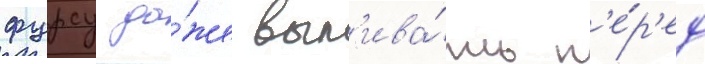
фурсу да́же вып'ива́ть п'е́р'ед